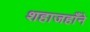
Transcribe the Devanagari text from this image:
शहाजहाँने